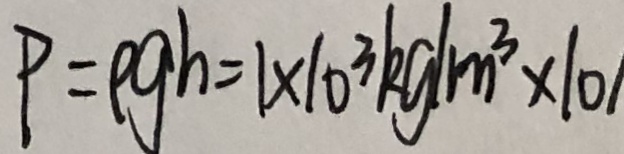
P = \rho g h = 1 \times 1 0 ^ { 3 } k g / m ^ { 3 } \times 1 0